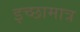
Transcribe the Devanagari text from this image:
इच्छामात्र